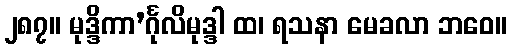
၂၈၇။ မုဒ္ဒိကာ’င်္ဂုလိမုဒ္ဒါ ထ၊ ရသနာ မေခလာ ဘဝေ။